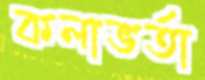
কলাভর্তা